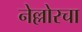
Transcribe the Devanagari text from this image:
नेल्लोरचा